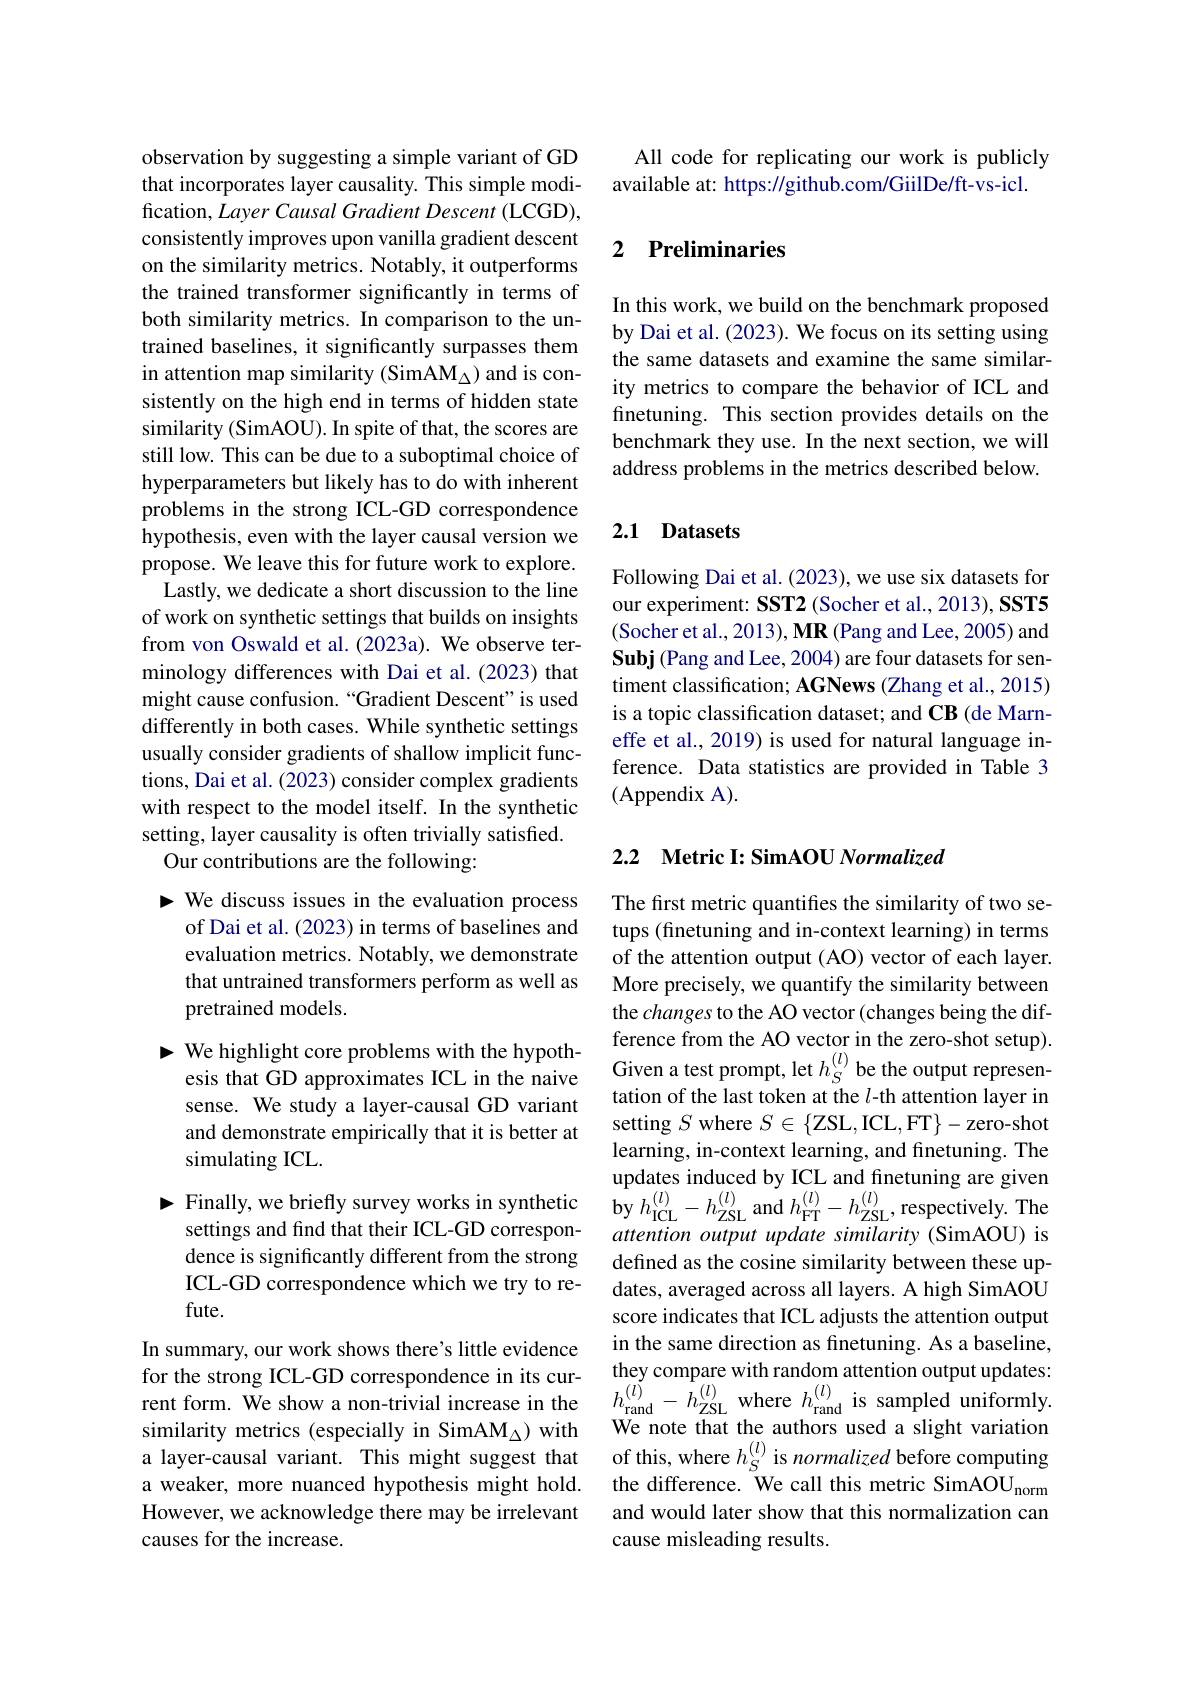
observation by suggesting a simple variant of GD that incorporates layer causality. This simple modification, Layer Causal Gradient Descent (LCGD), consistently improves upon vanilla gradient descent on the similarity metrics. Notably, it outperforms the trained transformer significantly in terms of both similarity metrics. In comparison to the untrained baselines, it significantly surpasses them in attention map similarity (SimAM$_\Delta$) and is consistently on the high end in terms of hidden state similarity (SimAOU). In spite of that, the scores are still low. This can be due to a suboptimal choice of hyperparameters but likely has to do with inherent problems in the strong ICL-GD correspondence hypothesis, even with the layer causal version we propose. We leave this for future work to explore.
Lastly, we dedicate a short discussion to the line of work on synthetic settings that builds on insights from von Oswald et al.(2023a). We observe terminology differences with Dai et al.(2023) that might cause confusion.“Gradient Descent" is used differently in both cases. While synthetic settings usually consider gradients of shallow implicit functions, Dai et al. (2023) consider complex gradients with respect to the model itself. In the synthetic setting, layer causality is often trivially satisfied.
Our contributions are the following:

- We discuss issues in the evaluation process
of Dai et al. (2023) in terms of baselines and evaluation metrics. Notably, we demonstrate that untrained transformers perform as well as pretrained models.
$►$ We highlight core problems with the hypoth-
esis that GD approximates ICL in the naive sense. We study a layer-causal GD variant and demonstrate empirically that it is better at simulating ICL.
settings and find that their ICL-GD correspondence is significantly different from the strong ICL-GD correspondence which we try to refute.
In summary, our work shows there's little evidence for the strong ICL-GD correspondence in its cursimilarity metrics (especially in SimAM$_{\Delta}$) with a layer-causal variant. This might suggest that a weaker, more nuanced hypothesis might hold. However, we acknowledge there may be irrelevant causes for the increase.

All code for replicating our work is publicly
available at: https://github.com/GiilDe/ft-vs-icl.

### 2 $\textbf{Preliminaries}$

In this work, we build on the benchmark proposed by Dai et al. (2023). We focus on its setting using the same datasets and examine the same similarity metrics to compare the behavior of ICL and finetuning. This section provides details on the benchmark they use. In the next section, we will address problems in the metrics described below.

## 2.1 Datasets

Following Dai et al. (2023), we use six datasets for our experiment: SST2 (Socher et al., 2013), SST5 (Socher et al., 2013), MR (Pang and Lee, 2005) and Subj (Pang and Lee, 2004) are four datasets for sentiment classification; AGNews (Zhang et al., 2015) is a topic classification dataset; and CB (de Marneffe et al., 2019) is used for natural language inference. Data statistics are provided in Table 3 (Appendix A).

## 2.2 Metric I: SimAOU Normalized

The first metric quantifies the similarity of two setups (finetuning and in-context learning) in terms of the attention output (AO) vector of each layer. More precisely, we quantify the similarity between the changes to the AO vector (changes being the difference from the AO vector in the zero-shot setup). Given a test prompt, let $h_S^{(l)}$ be the output representation of the last token at the $l$-th attention layer in setting $S$ where $S\in\{$ZSL,ICL,FT$\}-$zero-shot learning, in-context learning, and finetuning. The updates induced by ICL and finetuning are given
$►$Finally, we briefly survey works in synthetic by $h_\mathrm{ICL}^{(l)}-h_\mathrm{ZSL}^{(l)}$ and $h_\mathrm{FT}^{(l)}-h_\mathrm{ZSL}^{(l)}$, respectively. The
attention output update similarity (SimAOU) is defined as the cosine similarity between these updates, averaged across all layers. A high SimAOU score indicates that ICL adjusts the attention output in the same direction as finetuning. As a baseline, they compare with random attention output updates:
rent form. We show a non-trivial increase in the $h_\mathrm{rand}^{(l)}-h_\mathrm{ZSL}^{(l)}$ where $h_\mathrm{rand}^{(l)}$ is sampled uniformly.
We note that the authors used a slight variation of this, where $h_S^{(l)}$ is normalized before computing the difference. We call this metric SimAOU norm and would later show that this normalization can cause misleading results.